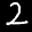
Label: 2